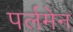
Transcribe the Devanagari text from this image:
पर्लमेन